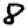
Digit: 8